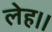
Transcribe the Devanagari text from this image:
लेह।।